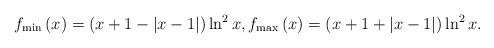
LaTeX: \begin{align*}f_{\min }\left( x\right) =\left( x+1-\left\vert x-1\right\vert \right) \ln^{2}x,f_{\max }\left( x\right) =\left( x+1+\left\vert x-1\right\vert\right) \ln ^{2}x. \end{align*}